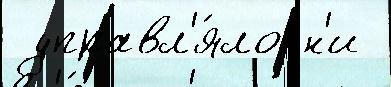
 управл'я́ло н'и